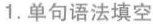
1.单句语法填空